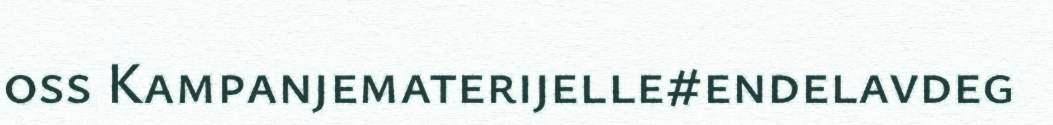
oss Kampanjematerijelle#endelavdeg